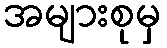
အများစုမှ